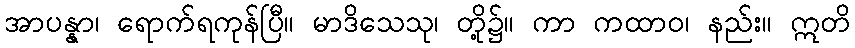
အာပန္နာ၊ ရောက်ရကုန်ပြီ။ မာဒိသေသု၊ တို့၌။ ကာ ကထာဝ၊ နည်း။ ဣတိ